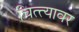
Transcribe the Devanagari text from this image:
चित्त्यावर